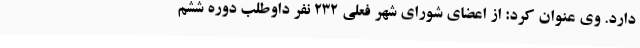
دارد. وی عنوان کرد: از اعضای شورای شهر فعلی ۲۳۲ نفر داوطلب دوره ششم